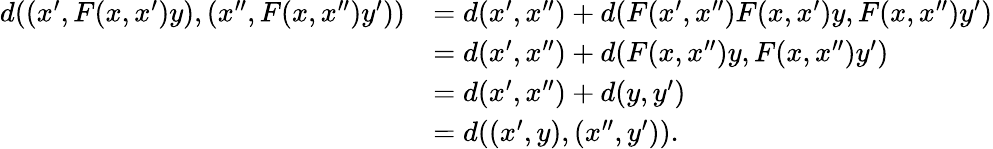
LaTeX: \begin{array}{rl}{d((x^{\prime},F(x,x^{\prime})y),(x^{\prime\prime},F(x,x^{\prime\prime})y^{\prime}))}&{=d(x^{\prime},x^{\prime\prime})+d(F(x^{\prime},x^{\prime\prime})F(x,x^{\prime})y,F(x,x^{\prime\prime})y^{\prime})}\\ &{=d(x^{\prime},x^{\prime\prime})+d(F(x,x^{\prime\prime})y,F(x,x^{\prime\prime})y^{\prime})}\\ &{=d(x^{\prime},x^{\prime\prime})+d(y,y^{\prime})}\\ &{=d((x^{\prime},y),(x^{\prime\prime},y^{\prime})).}\end{array}